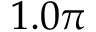
1 . 0 \pi